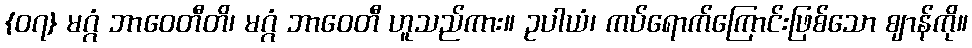
{၀၇} မဂ္ဂံ ဘာဝေတီတိ၊ မဂ္ဂံ ဘာဝေတီ ဟူသည်ကား။ ဥပါယံ၊ ကပ်ရောက်ကြောင်းဖြစ်သော ဈာန်ကို။